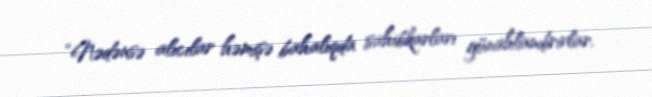
“Nədənsə alıcılar həmişə bahalıqda sahibkarları günahlandırırlar.